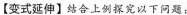
【变式延伸】结合上例探究以下问题：